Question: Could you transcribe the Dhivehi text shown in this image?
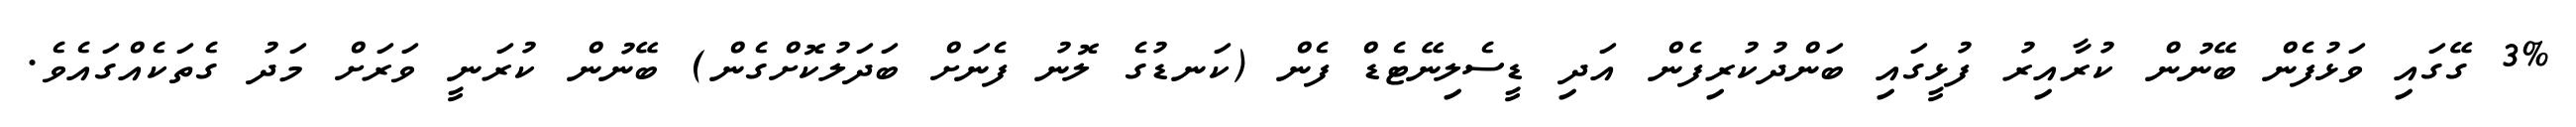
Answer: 3% ގޭގައި ވަޅުފެން ބޭނުން ކުރާއިރު ފުޅީގައި ބަންދުކުރިފެން އަދި ޑީސެލިނޭޓެޑް ފެން (ކަނޑުގެ ލޮނު ފެނަށް ބަދަލުކޮށްގެން) ބޭނުން ކުރަނީ ވަރަށް މަދު ގެތަކެއްގައެވެ.